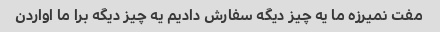
مفت نمیرزه ما یه چیز دیگه سفارش دادیم یه چیز دیگه برا ما اواردن